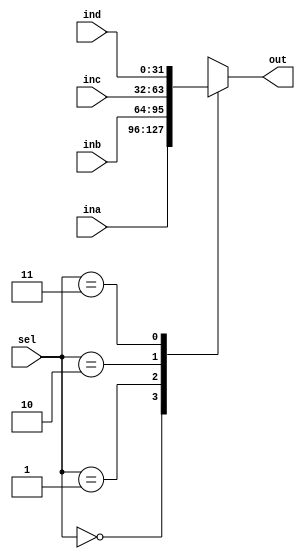
`timescale 1ns / 1ps


module mux41(input[31:0] ina,inb,inc,ind,
             input[1:0] sel,
             output reg[31:0] out);

always@(*) begin
    case(sel)
      2'b00: out = ina;
      2'b01: out = inb;
      2'b10: out = inc;
      2'b11: out = ind;
    endcase
  end
  
endmodule